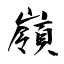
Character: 嶺